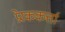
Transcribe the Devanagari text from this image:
प्रेरककर्त्ता